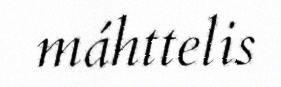
máhttelis